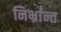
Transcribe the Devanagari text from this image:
निर्भ्रान्त